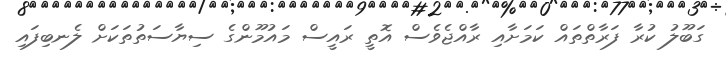
ގަބޫލު ކުރާ ފަރާތްތައް ކަމަށާއި ރާއްޖެވެސް އޮތީ ރައީސް މައުމޫންގެ ސިޔާސަތުތަކަށް ލެނބިފައި